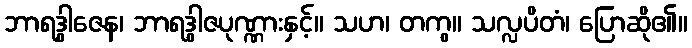
ဘာရဒွါဇေန၊ ဘာရဒွါဇပုဏ္ဏားနှင့်။ သဟ၊ တကွ။ သလ္လပိတံ၊ ပြောဆို၏။